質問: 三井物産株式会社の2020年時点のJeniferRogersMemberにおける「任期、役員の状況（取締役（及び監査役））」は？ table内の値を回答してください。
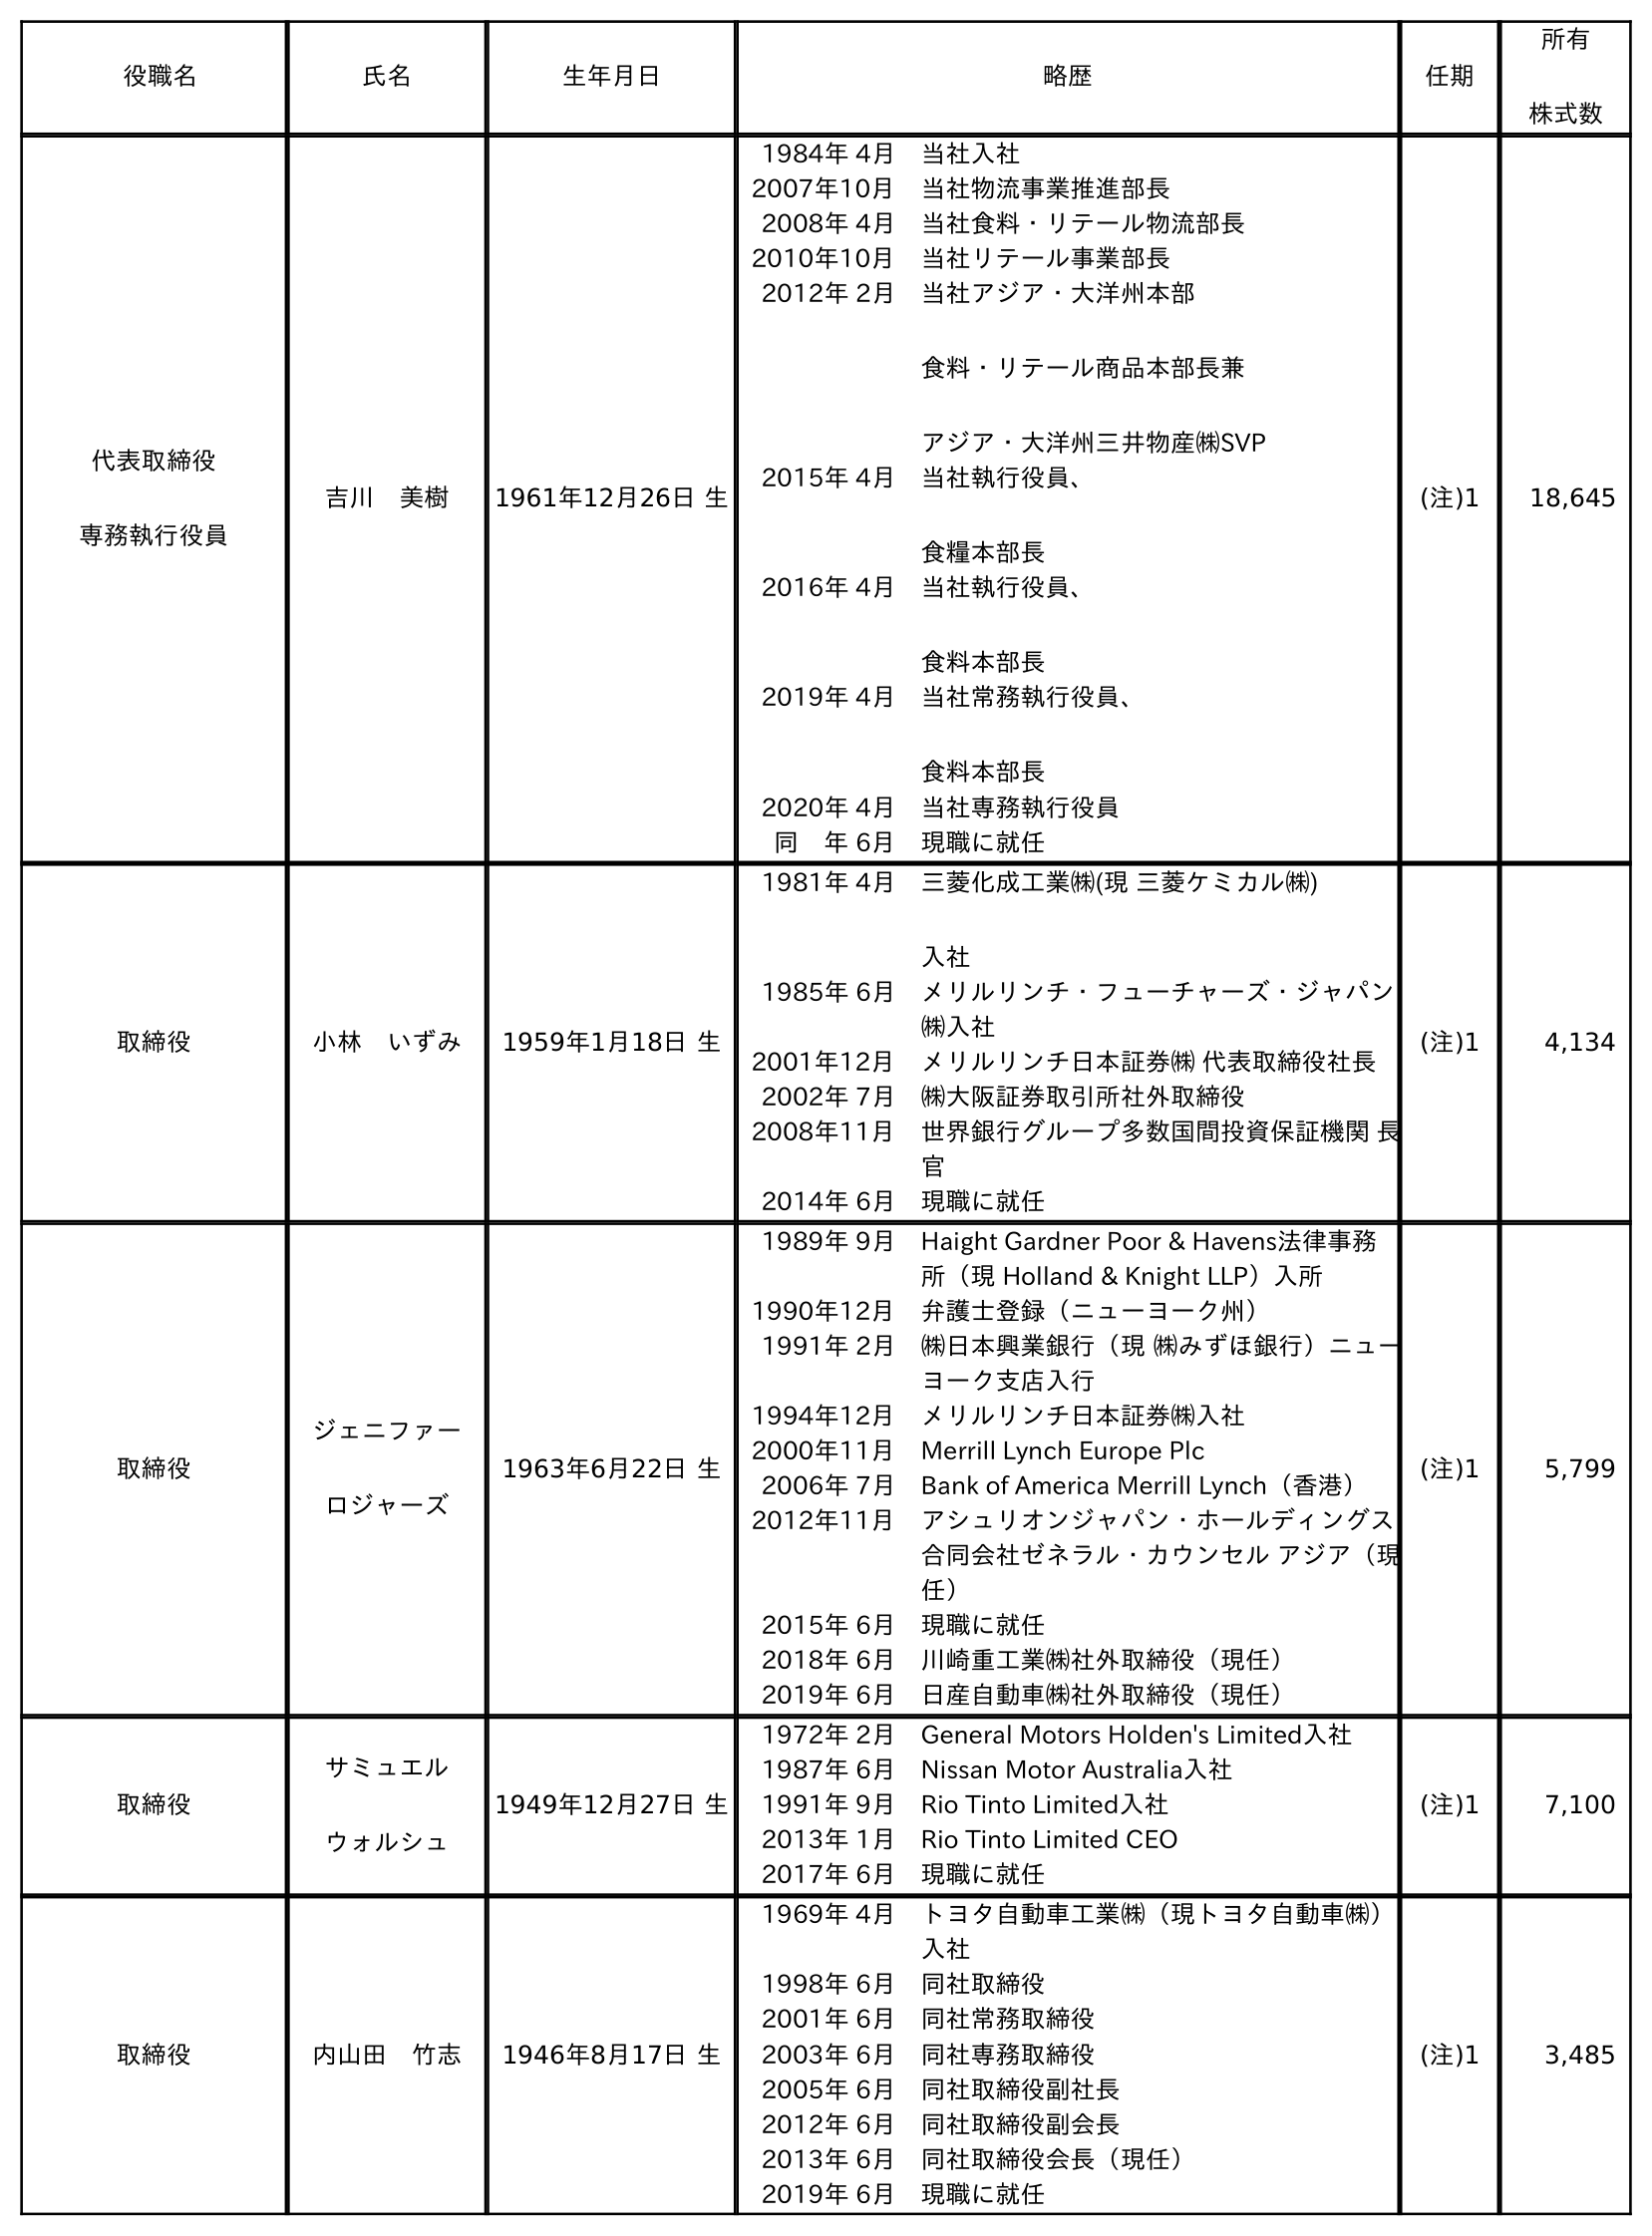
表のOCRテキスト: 役職名 氏名 生年月日 略歴 任期 所有 株式数 代表取締役 専務執行役員 吉川 美樹 1961年12月26日 生 1984年 4月 当社入社 2007年10月 当社物流事業推進部長 2008年 4月 当社食料・リテール物流部長 2010年10月 当社リテール事業部長 2012年 2月 当社アジア・大洋州本部 食料・リテール商品本部長兼 アジア・大洋州三井物産㈱SVP 2015年 4月 当社執行役員、 食糧本部長 2016年 4月 当社執行役員、 食料本部長 2019年 4月 当社常務執行役員、 食料本部長 2020年 4月 当社専務執行役員 同 年 6月 現職に就任 (注)1 18,645 取締役 小林 いずみ 1959年1月18日 生 1981年 4月 三菱化成工業㈱(現 三菱ケミカル㈱) 入社 1985年 6月 メリルリンチ・フューチャーズ・ジャパン ㈱入社 2001年12月 メリルリンチ日本証券㈱ 代表取締役社長 2002年 7月 ㈱大阪証券取引所社外取締役 2008年11月 世界銀行グループ多数国間投資保証機関 長 官 2014年 6月 現職に就任 (注)1 4,134 取締役 ジェニファー ロジャーズ 1963年6月22日 生 1989年 9月 Haight Gardner Poor & Havens法律事務 所（現 Holland & Knight LLP）入所 1990年12月 弁護士登録（ニューヨーク州） 1991年 2月 ㈱日本興業銀行（現 ㈱みずほ銀行）ニュー ヨーク支店入行 1994年12月 メリルリンチ日本証券㈱入社 2000年11月 Merrill Lynch Europe Plc 2006年 7月 Bank of America Merrill Lynch（香港） 2012年11月 アシュリオンジャパン・ホールディングス 合同会社ゼネラル・カウンセル アジア（現 任） 2015年 6月 現職に就任 2018年 6月 川崎重工業㈱社外取締役（現任） 2019年 6月 日産自動車㈱社外取締役（現任） (注)1 5,799 取締役 サミュエル ウォルシュ 1949年12月27日 生 1972年 2月 General Motors Holden's Limited入社 1987年 6月 Nissan Motor Australia入社 1991年 9月 Rio Tinto Limited入社 2013年 1月 Rio Tinto Limited CEO 2017年 6月 現職に就任 (注)1 7,100 取締役 内山田 竹志 1946年8月17日 生 1969年 4月 トヨタ自動車工業㈱（現トヨタ自動車㈱） 入社 1998年 6月 同社取締役 2001年 6月 同社常務取締役 2003年 6月 同社専務取締役 2005年 6月 同社取締役副社長 2012年 6月 同社取締役副会長 2013年 6月 同社取締役会長（現任） 2019年 6月 現職に就任 (注)1 3,485
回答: (注)1